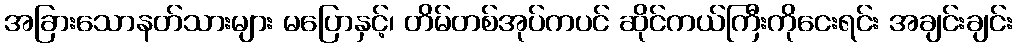
အခြားသောနတ်သားများ မပြောနှင့်၊ တိမ်တစ်အုပ်ကပင် ဆိုင်ကယ်ကြီးကိုငေးရင်း အချင်းချင်း